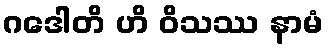
ဂဒေါတိ ဟိ ဝိသဿ နာမံ